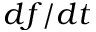
d f / d t